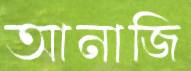
আনাজি